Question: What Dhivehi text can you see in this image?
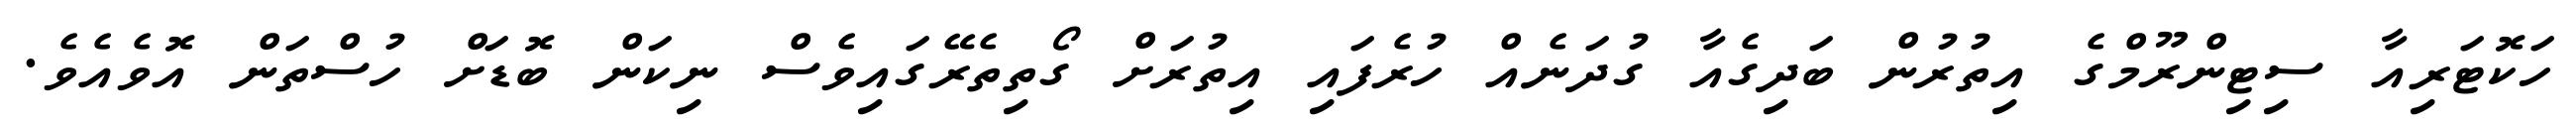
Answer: ހަކޮޓަރިއާ ސިޓިންރޫމްގެ އިތުރުން ބަދިގެއާ ގުދަނެއް ހުރެފައި އިތުރަށް ގޯތިތެރޭގައިވެސް ނިކަން ބޮޑަށް ހުސްތަން އޮވެއެވެ.